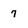
Character: 7